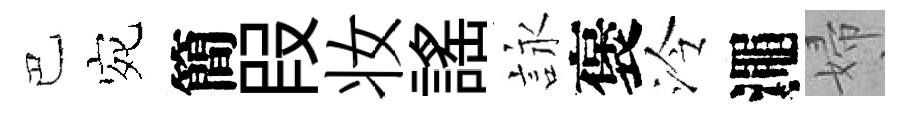
巴宛簡叚妆謡詠褒泠澠婦